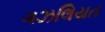
ગઝલિયત